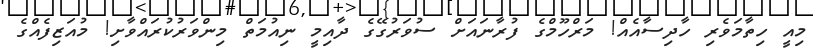
މިއީ ހިތާމަވެރި ހާދިސާއެއް! މަރްހޫމްގެ ފުރާނައަށް ސުވަރުގޭގެ ދާއިމީ ނިއުމަތް މިންވަރުކުރައްވާށި! މުއަޒިފެއްގެ